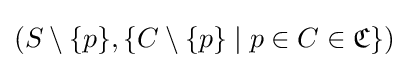
(S\setminus \{p\},\{C\setminus \{p\}\mid p\in C\in {\mathfrak {C}}\})